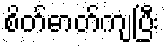
စိတ်ဓာတ်ကျပြီး